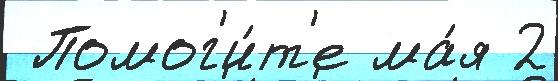
 Помог'и́т'е ма́я 2